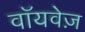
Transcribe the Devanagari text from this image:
वॉयवेज़